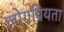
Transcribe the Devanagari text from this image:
लोगप्रियता